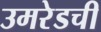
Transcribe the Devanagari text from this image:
उमरेडची